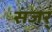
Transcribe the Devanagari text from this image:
संजर्